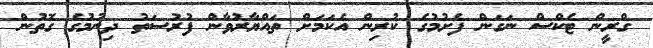
ގްރީން ޓެކްސް ނަގަން ފެށުމުގެ ކުރިން އެކަމަށް ތައްޔާރުވާން ފުރުސަތު ދިނުމުގެ ގޮތުން